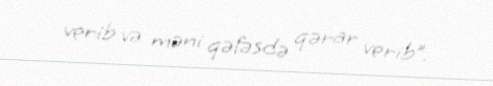
verib və məni qəfəsdə qərar verib”.